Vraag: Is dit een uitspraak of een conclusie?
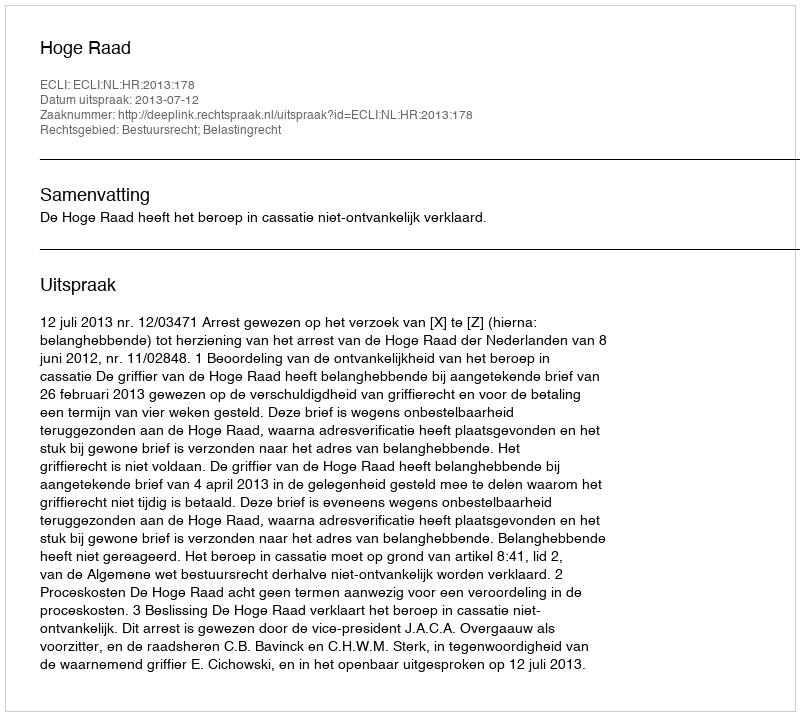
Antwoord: Uitspraak